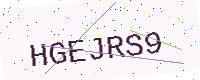
Text: HGEJRS9